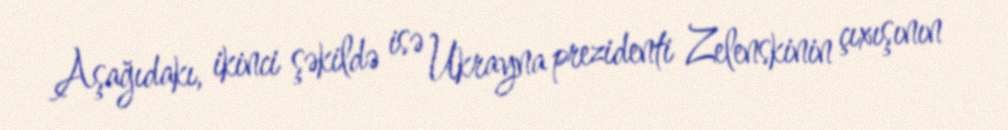
Aşağıdakı, ikinci şəkildə isə Ukrayna prezidenti Zelenskinin çıxışının